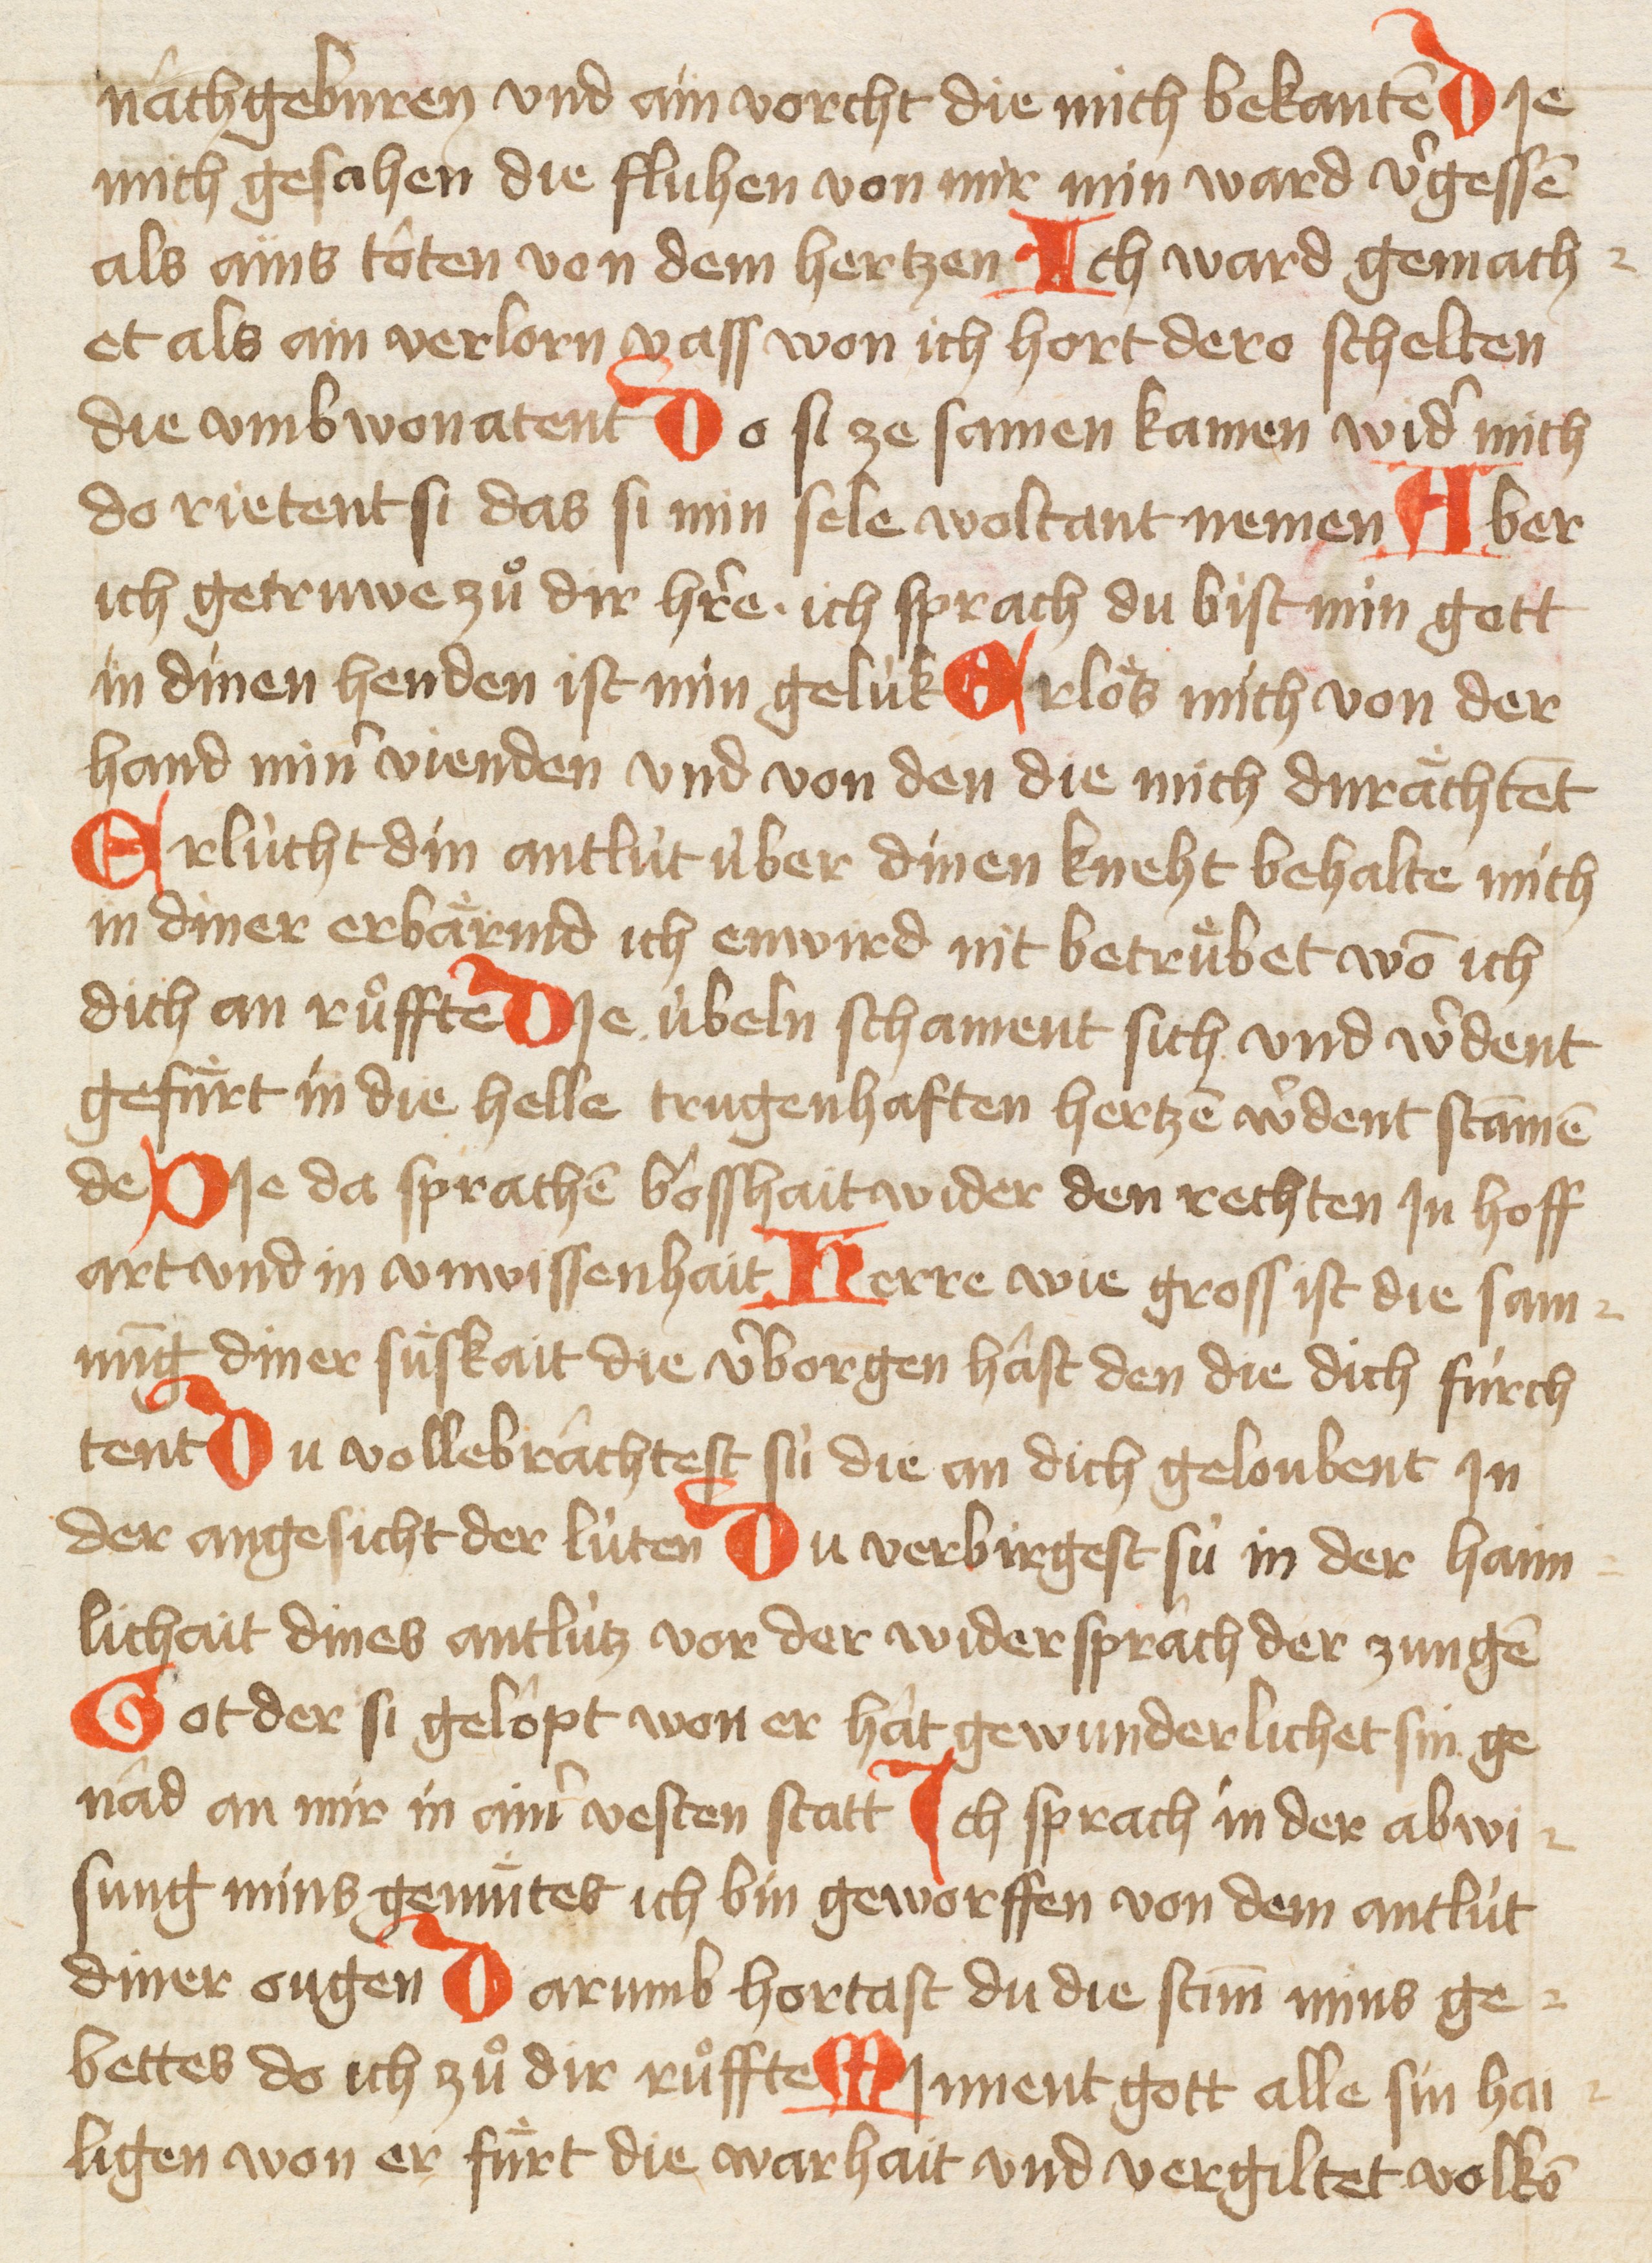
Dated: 1421–1421